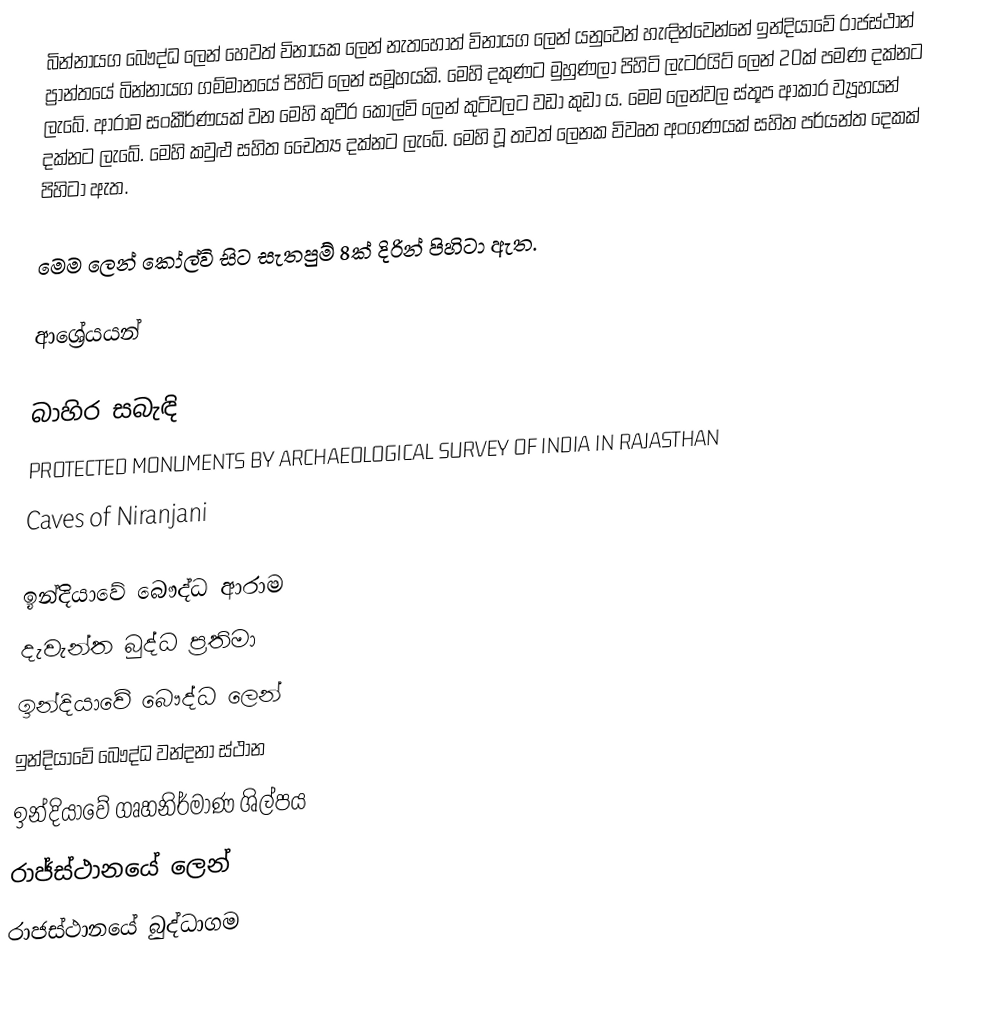
බින්නායග බෞද්ධ ලෙන් හෙවත් විනායක ලෙන් නැතහොත් විනායග ලෙන් ‍යනුවෙන් හැඳින්වෙන්නේ ඉන්දියාවේ රාජස්ථාන් ප්‍රාන්තයේ බින්නායග ගම්මානයේ පිහිටි ලෙන් සමූහයකි. මෙහි දකුණට මුහුණලා පිහිටි ලැටරයිට් ලෙන් 20ක් පමණ දක්නට ලැබේ. ආරාම සංකීර්ණයක් වන මෙහි කුටීර කෝල්වි ලෙන් කුටිවලට වඩා කුඩා ය. මෙම ලෙන්වල ස්තූප ආකාර ව්‍යූහයන් දක්නට ලැබේ. මෙහි කවුළු සහිත චෛත්‍ය දක්නට ලැබේ. මෙහි වූ තවත් ලෙනක විවෘත අංගණයක් සහිත පර්යන්ත දෙකක් පිහිටා ඇත.

මෙම ලෙන් කෝල්වි සිට සැතපුම් 8ක් දිරින් පිහිටා ඇත.

ආශ්‍රේයයන්

බාහිර සබැඳි
 PROTECTED MONUMENTS BY ARCHAEOLOGICAL SURVEY OF INDIA IN RAJASTHAN
 Caves of Niranjani

ඉන්දියාවේ බෞද්ධ ආරාම
දැවැන්ත බුද්ධ ප්‍රතිමා
ඉන්දියාවේ බෞද්ධ ලෙන්
ඉන්දියාවේ බෞද්ධ වන්දනා ස්ථාන
ඉන්දියාවේ ගෘහනිර්මාණ ශිල්පය
රාජ්ස්ථානයේ ලෙන්
රාජස්ථානයේ බුද්ධාගම